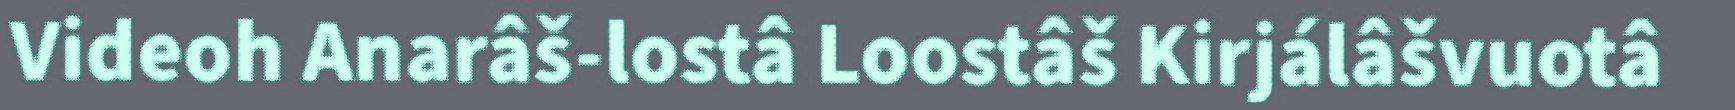
Videoh Anarâš-lostâ Loostâš Kirjálâšvuotâ